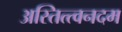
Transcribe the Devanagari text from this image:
अस्तित्त्वनदम